EAOK_Sinod, lk 54
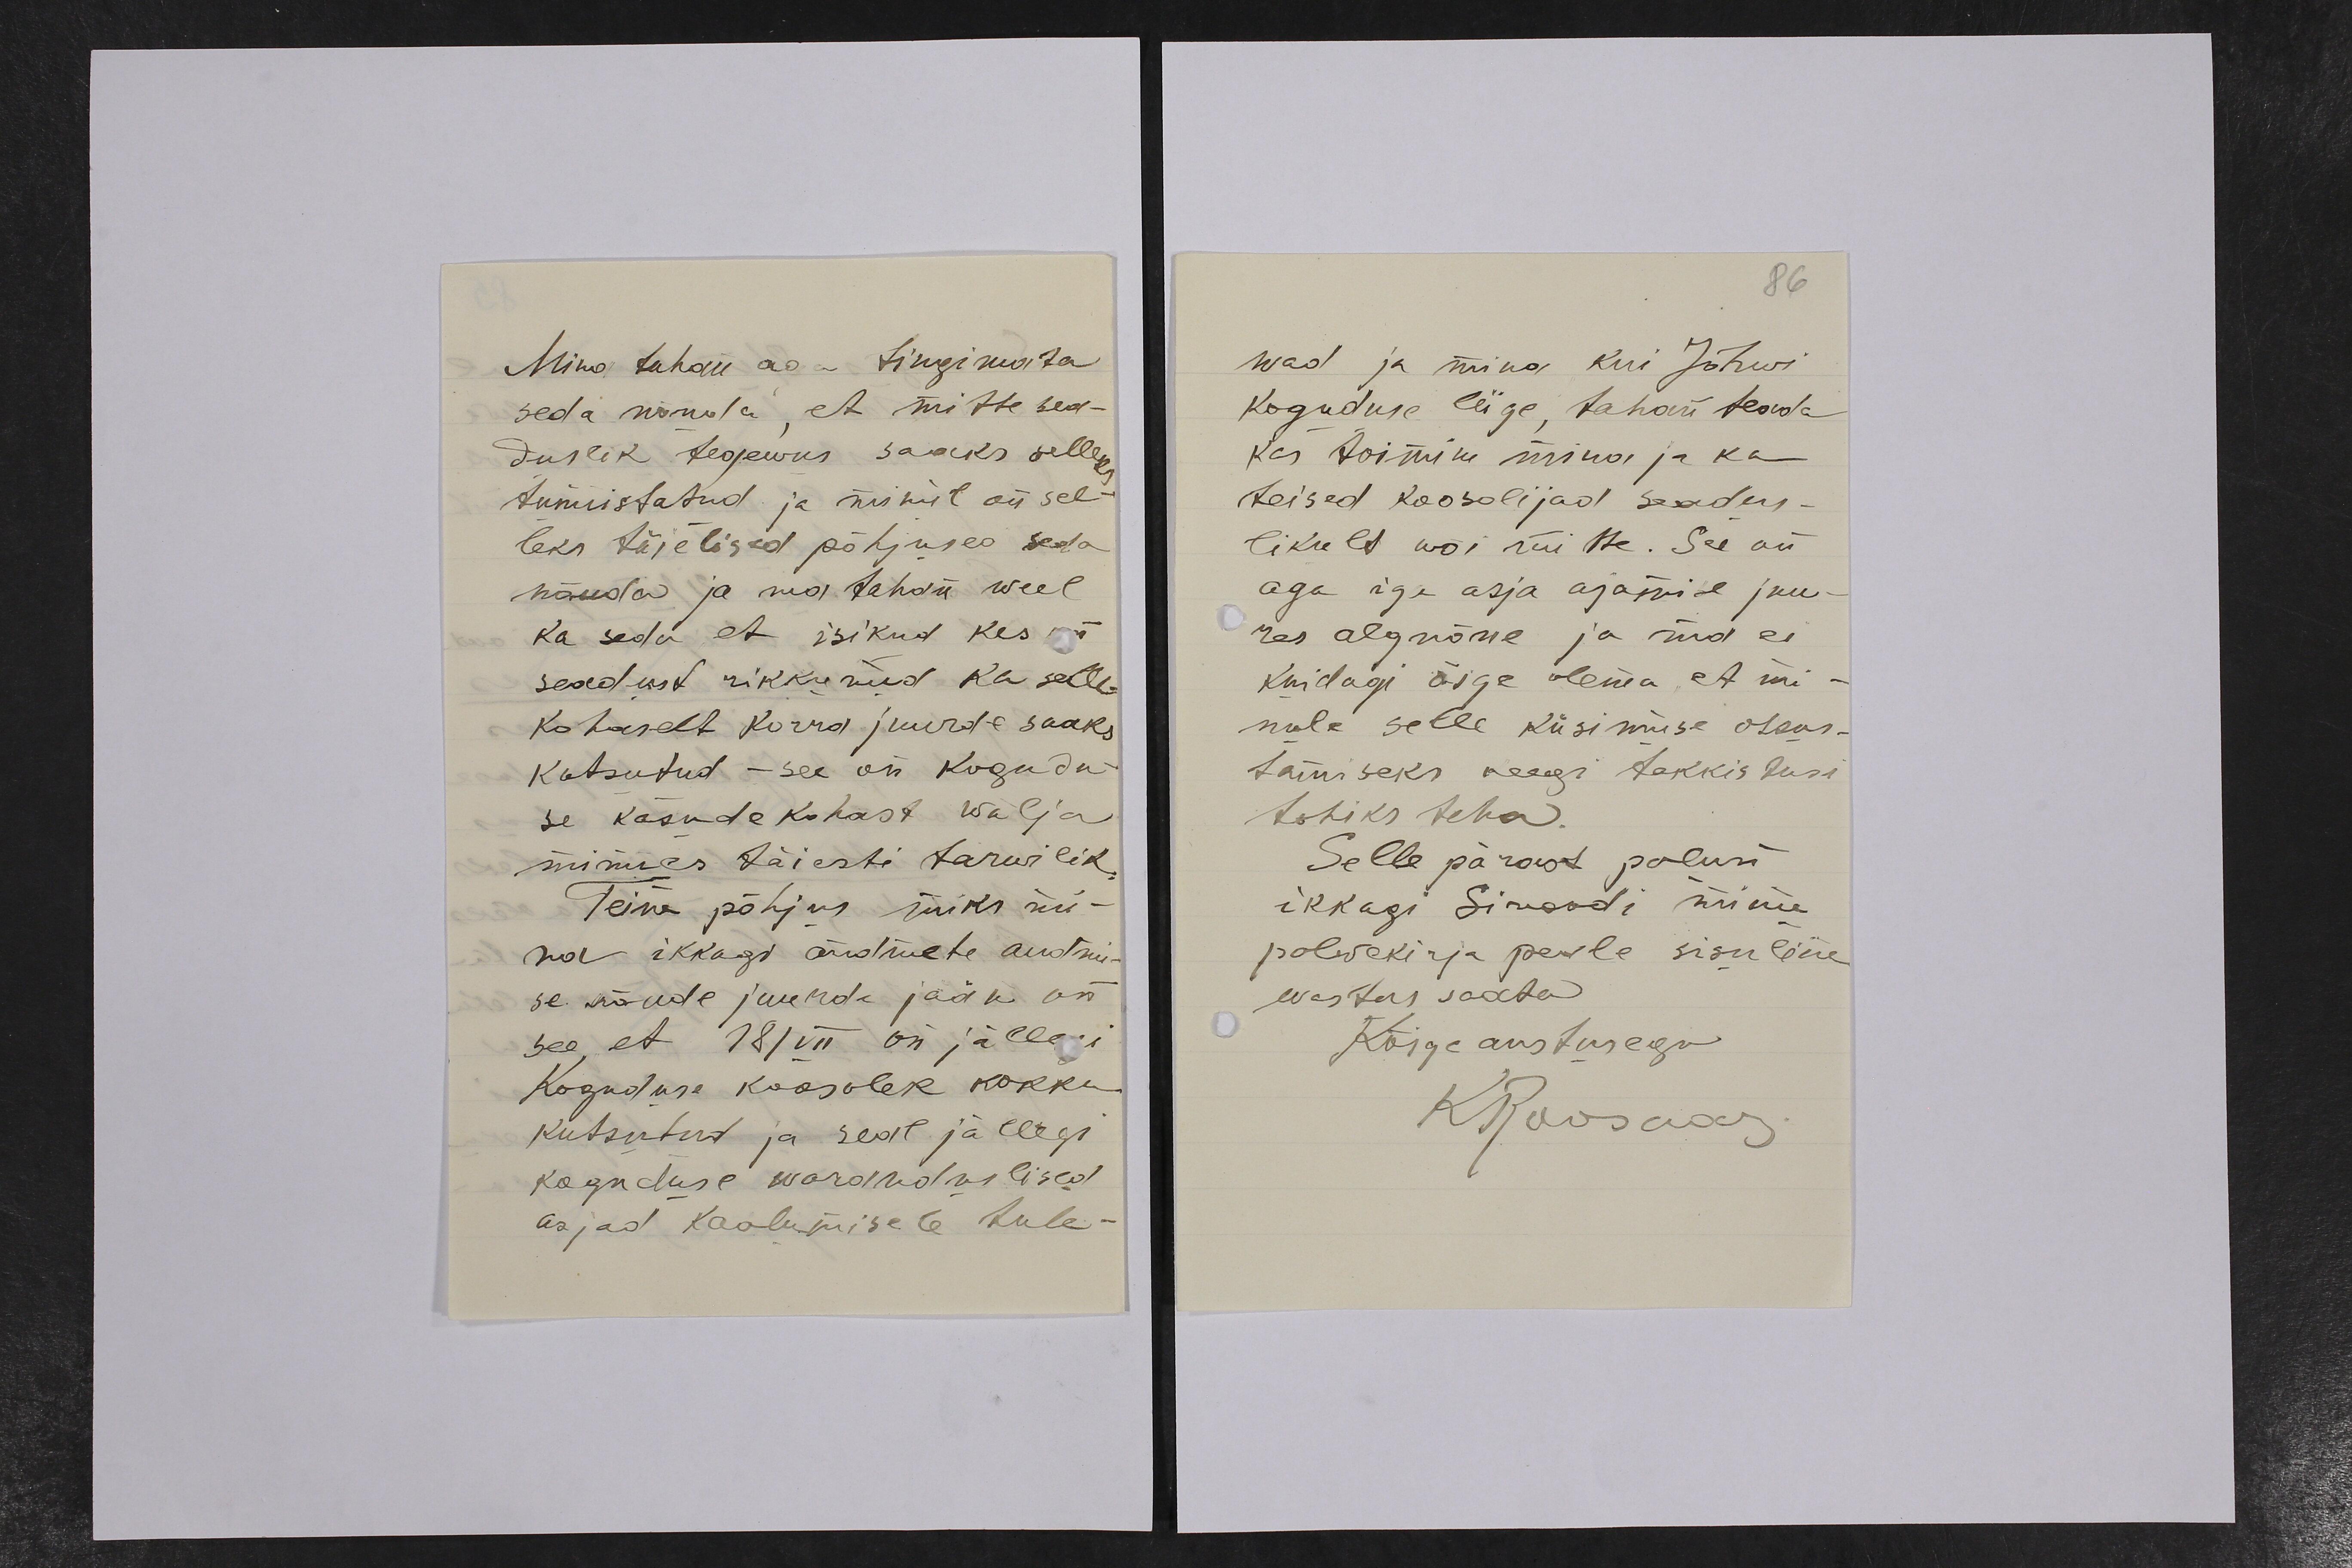
Mina tahan aga tingimata
seda nõnda, et mitte sea-
duslik tegewus saaks selleks
tunnistatud ja minul on sel-
leks täielised põhjused seda
nõuda ja ma tahan weel
ka seda, et isikud kes on
seadust rikkunud ka selle-
kohaselt korra juurde saaks
kutsutud - see on kogudu-
se käsudekohast wälja
minnes täiesti tarwilik.
Teine põhjus miks mi-
na ikkagi andmete andmi-
se nõude juurde jään on
see, et 18/VII on jällegi
Koguduse koosolek kokku
kutsutud ja seal jällegi
koguduse waranduslised
asjad kaalumisele tule-

86
wad ja mina kui Jõhwi
koguduse liige, tahan teada
kas toimin mina ja ka
teised koosolijad seadus-
likult wõi mitte. See on
aga iga asja ajamise juu-
res algnõue ja nüd ei
kuidagi õige olema, et mi-
nule selle küsimuse otsus-
tamiseks keegi takkistusi
tohiks teha.
Selle pärast palun
ikkagi Sinoodi minu
palwekirja peale sisuline
wastus saata
Kõige austusega
KRoosaar